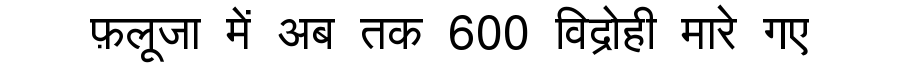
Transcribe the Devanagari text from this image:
फ़लूजा में अब तक 600 विद्रोही मारे गए